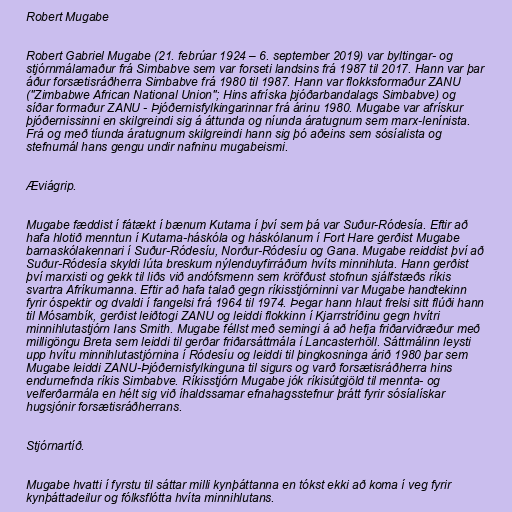
Robert Mugabe

Robert Gabriel Mugabe (21. febrúar 1924 – 6. september 2019) var byltingar- og
stjórnmálamaður frá Simbabve sem var forseti landsins frá 1987 til 2017. Hann var þar
áður forsætisráðherra Simbabve frá 1980 til 1987. Hann var flokksformaður ZANU
("Zimbabwe African National Union"; Hins afríska þjóðarbandalags Simbabve) og
síðar formaður ZANU - Þjóðernisfylkingarinnar frá árinu 1980. Mugabe var afrískur
þjóðernissinni en skilgreindi sig á áttunda og níunda áratugnum sem marx-lenínista.
Frá og með tíunda áratugnum skilgreindi hann sig þó aðeins sem sósíalista og
stefnumál hans gengu undir nafninu mugabeismi.

Æviágrip.

Mugabe fæddist í fátækt í bænum Kutama í því sem þá var Suður-Ródesía. Eftir að
hafa hlotið menntun í Kutama-háskóla og háskólanum í Fort Hare gerðist Mugabe
barnaskólakennari í Suður-Ródesíu, Norður-Ródesíu og Gana. Mugabe reiddist því að
Suður-Ródesía skyldi lúta breskum nýlenduyfirráðum hvíts minnihluta. Hann gerðist
því marxisti og gekk til liðs við andófsmenn sem kröfðust stofnun sjálfstæðs ríkis
svartra Afríkumanna. Eftir að hafa talað gegn ríkisstjórninni var Mugabe handtekinn
fyrir óspektir og dvaldi í fangelsi frá 1964 til 1974. Þegar hann hlaut frelsi sitt flúði hann
til Mósambík, gerðist leiðtogi ZANU og leiddi flokkinn í Kjarrstríðinu gegn hvítri
minnihlutastjórn Ians Smith. Mugabe féllst með semingi á að hefja friðarviðræður með
milligöngu Breta sem leiddi til gerðar friðarsáttmála í Lancasterhöll. Sáttmálinn leysti
upp hvítu minnihlutastjórnina í Ródesíu og leiddi til þingkosninga árið 1980 þar sem
Mugabe leiddi ZANU-Þjóðernisfylkinguna til sigurs og varð forsætisráðherra hins
endurnefnda ríkis Simbabve. Ríkisstjórn Mugabe jók ríkisútgjöld til mennta- og
velferðarmála en hélt sig við íhaldssamar efnahagsstefnur þrátt fyrir sósíalískar
hugsjónir forsætisráðherrans.

Stjórnartíð.

Mugabe hvatti í fyrstu til sáttar milli kynþáttanna en tókst ekki að koma í veg fyrir
kynþáttadeilur og fólksflótta hvíta minnihlutans.